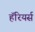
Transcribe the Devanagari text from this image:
हॅरियर्स